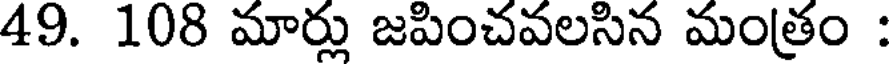
49. 108 మార్లు జపించవలసిన మంత్రం :